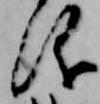
儀